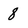
Character: 8